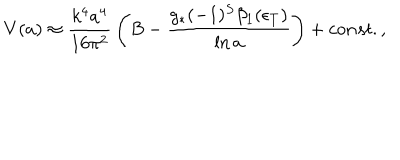
{ V } ( a ) \approx { \frac { k ^ { 4 } a ^ { 4 } } { 1 6 \pi ^ { 2 } } } \left( B - { \frac { g _ { * } ( - 1 ) ^ { S } \beta _ { 1 } ( \epsilon _ { T } ) } { \ln a } } \right) + c o n s t . ,